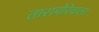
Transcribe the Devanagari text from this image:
तारापोरेवाला